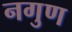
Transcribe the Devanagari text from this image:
नगुण